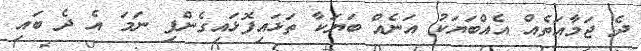
ދެ ޖަމާއަތެއް އެއްބަޔަކު އަނެއް ބަޔަކާ ތަޅައިފޮޅައިގެންފި ނަމަ އެ ދެ ބައި